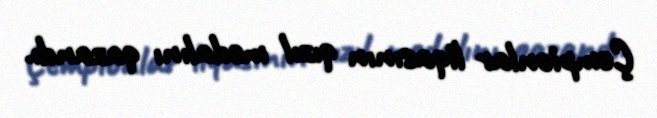
Çempionlar liqasının qızıl medalını qazandı.